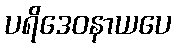
ပရိဒေဝနာယပေ